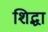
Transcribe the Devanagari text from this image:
शिद्धा